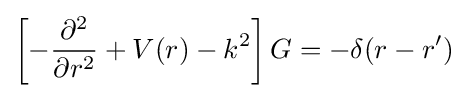
\left[-{\frac {\partial ^{2}}{\partial r^{2}}}+V(r)-k^{2}\right]G=-\delta (r-r')